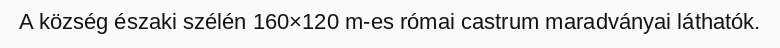
A község északi szélén 160×120 m-es római castrum maradványai láthatók.